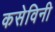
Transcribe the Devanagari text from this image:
कसेविनी